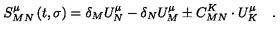
S _ { M N } ^ { \mu } \left( t , \sigma \right) = \delta _ { M } U _ { N } ^ { \mu } - \delta _ { N } U _ { M } ^ { \mu } \pm C _ { M N } ^ { K } \cdot U _ { K } ^ { \mu } \quad .